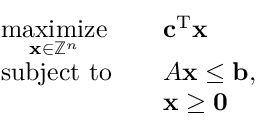
{ \begin{array} { r l r l } & { { \underset { \mathbf { x } \in \mathbb { Z } ^ { n } } { \mathrm { m a x i m i z e } } } } & & { \mathbf { c } ^ { \mathrm { T } } \mathbf { x } } \\ & { { \mathrm { s u b j e c t ~ t o } } } & & { A \mathbf { x } \leq \mathbf { b } , } \\ & { } & & { \mathbf { x } \geq \mathbf { 0 } } \end{array} }